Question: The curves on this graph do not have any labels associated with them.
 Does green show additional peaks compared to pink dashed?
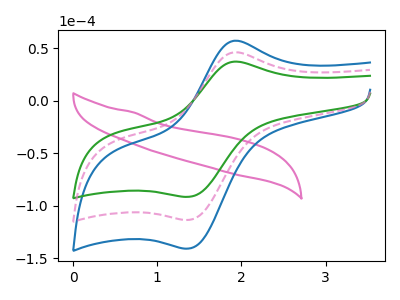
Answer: <think>The pink curve "pink" has no peaks. The blue curve "blue" has an anodic peak at (1.95V, 91.95uA) and a cathodic peak at (1.40V, -227.30uA). The green curve "green" has an anodic peak at (1.95V, 37.05uA) and a cathodic peak at (1.40V, -91.65uA). The pink dashed curve "pink dashed" has an anodic peak at (1.95V, 45.95uA) and a cathodic peak at (1.40V, -113.65uA).
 All the peaks in "green" have a peak in "pink dashed" at the same potential. Every peak in "green" is lower than every peak in "pink dashed".</think>
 <answer>No, "green" and "pink dashed" don't appear to be significantly different in shape</answer>
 <eval>no_change</eval>